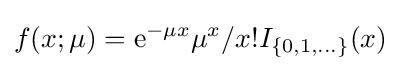
f(x;\mu )=\mathrm {e} ^{-\mu x}\mu ^{x}/x!I_{\{0,1,\ldots \}}(x)